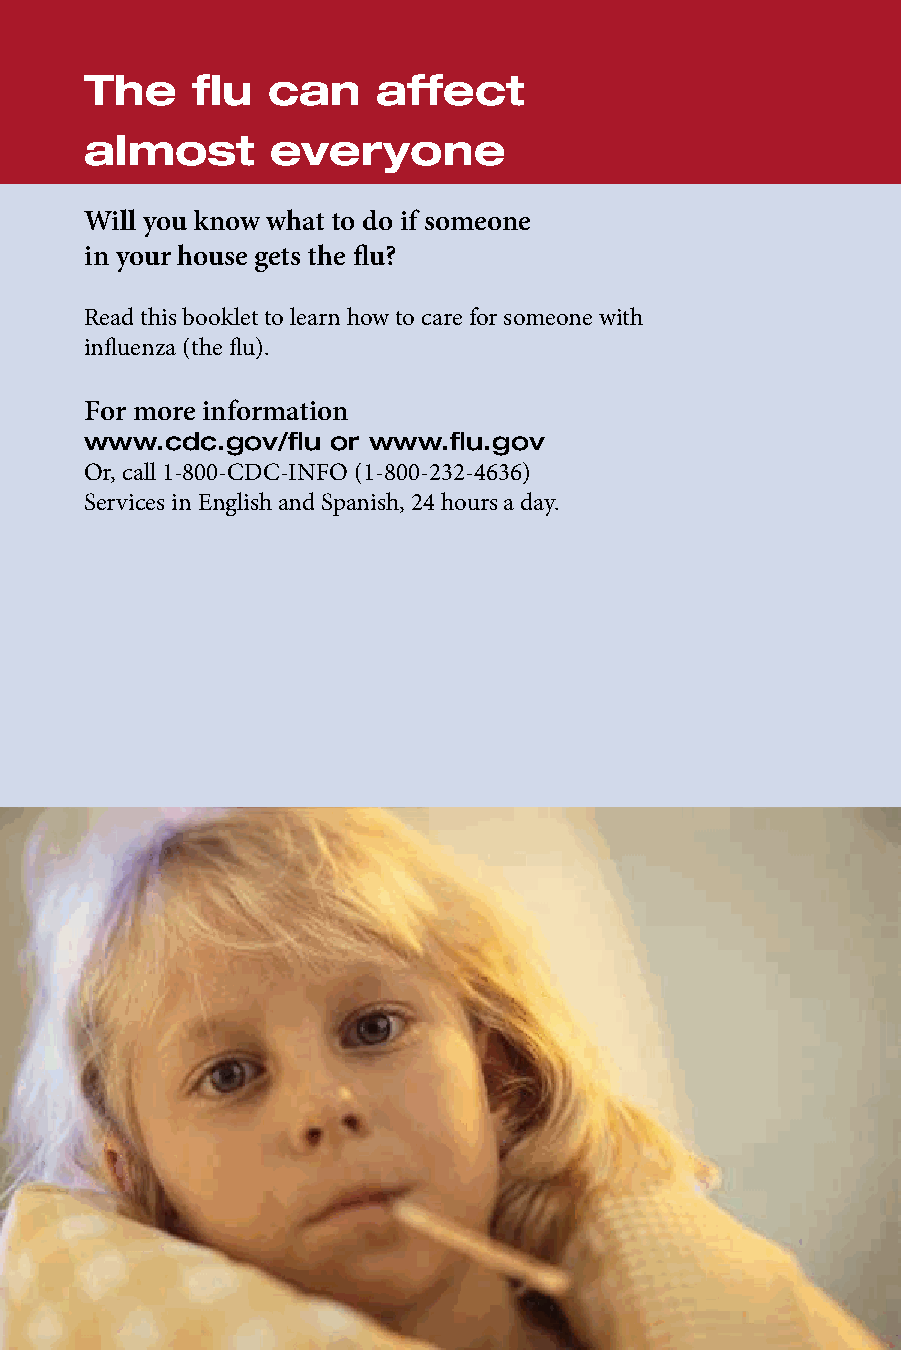
The    flu  can    affect
 almost      everyone
 Will you know what to do if someone
 in your house gets the flu?
 Read this booklet to learn how to care for someone with
 influenza (the flu).
 For more information
 www.cdc.gov/flu or www.flu.gov
 Or, call 1-800-CDC-INFO (1-800-232-4636)
 Services in English and Spanish, 24 hours a day.